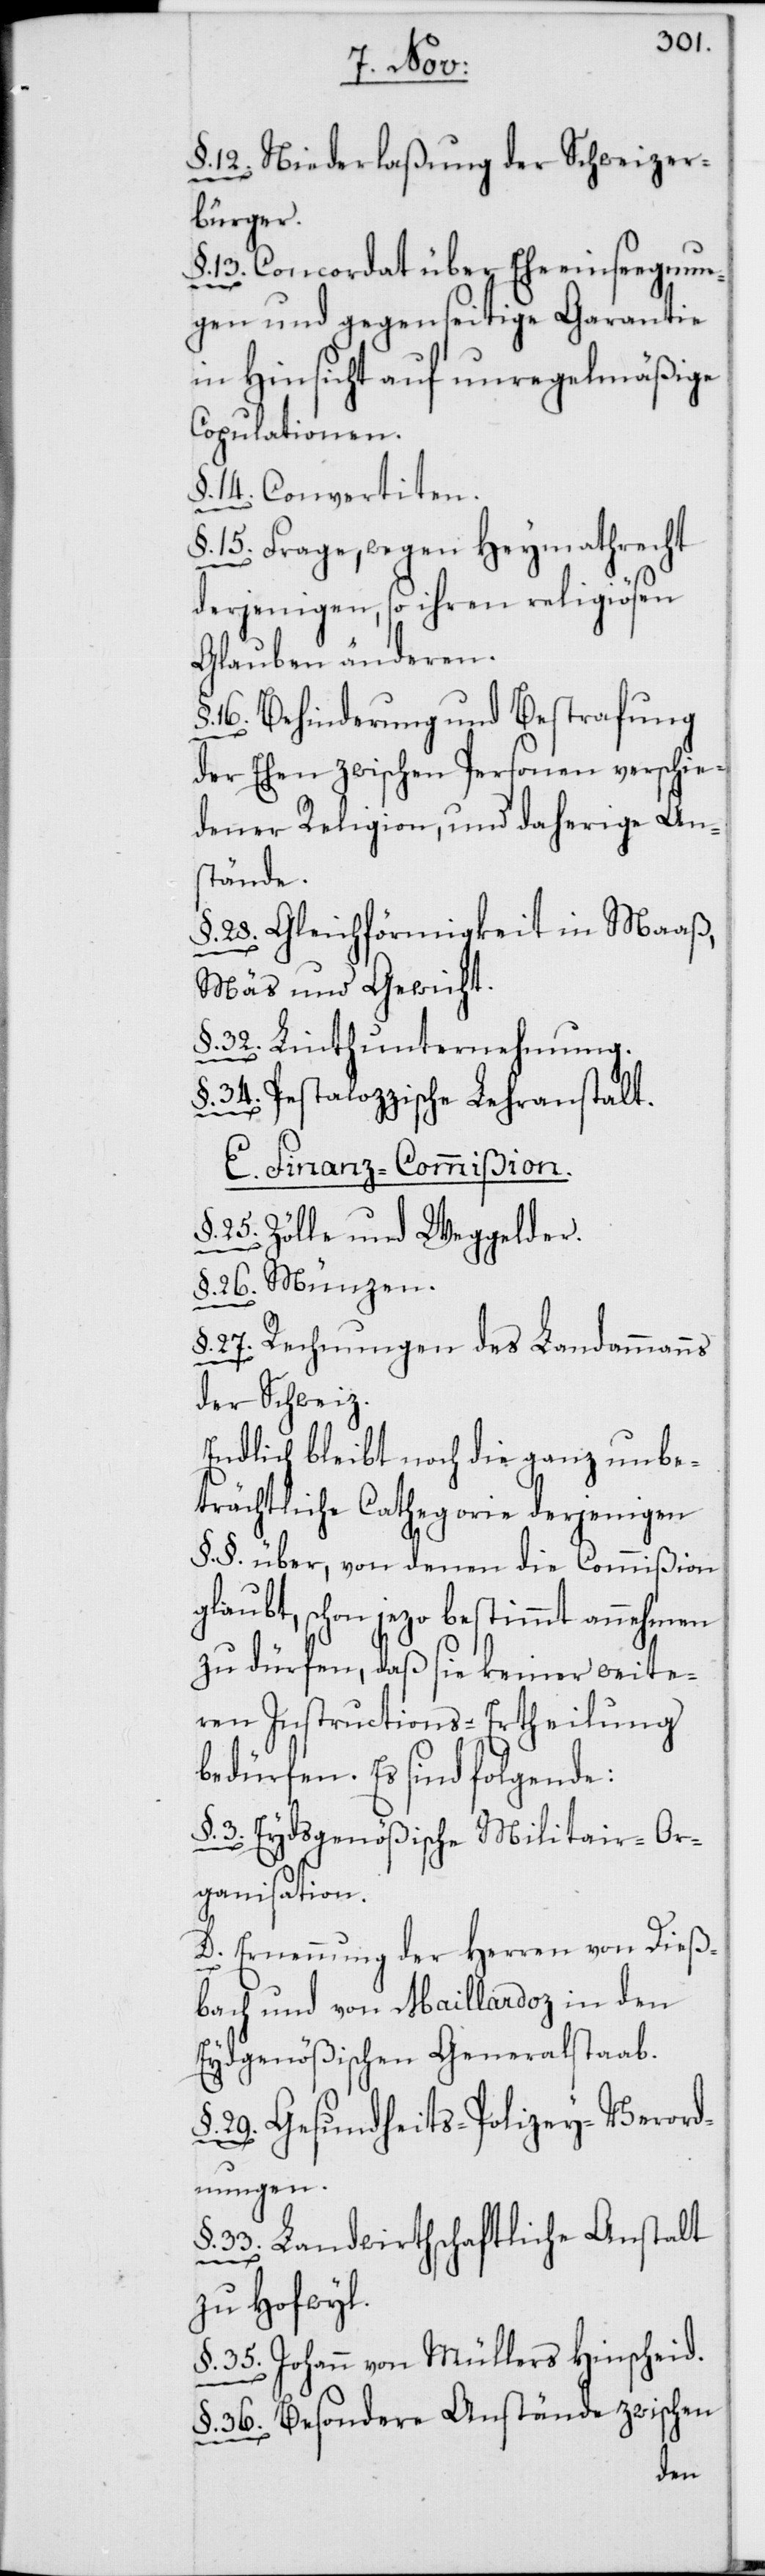
§. 12. Niederlaßung der Schweizer¬
bürger.
13. Concordat über Eheeinseegnun¬
gen und gegenseitige Garantie
in Hinsicht auf unregelmäßige
Copulationen.
§. 14. Convertiten.
§. 15. Frage, wegen Heymathrecht
derjenigen, so ihren religiösen
Glauben änderen.
§. 16. Behinderung und Bestrafung
der Ehen zwischen Personen verschie¬
dener Religion, und daherige Ans¬
tände.
§. 28. Gleichförmigkeit in Maaß,
Mäs und Gewicht.
§. 32. Linth-Unternehmung.
34. Pestalozzische Lehranstalt.
E. Finanz-Commißion.
§. 25. Zölle und Weggelder.
§. 26. Münzen.
§. 27. Rechnungen des Landammanns
der Schweiz.
Endlich bleibt noch die ganz unbe¬
trächtliche Cathegorie derjenigen
§.§. über, von denen die Commißion
glaubt, schon jezo bestimmt annehmen
zu dürfen, daß sie keiner weite¬
ren Instructions-Ertheilung
bedürfen. Es sind folgende:
§. 3. Eydsgenößische Militair-Or¬
ganisation.
D. Ernennung der Herren von Dieß¬
bach und von Maillardoz in den
Eydsgenößischen Generalstaab.
29. Gesundheits-Polizey-Verord¬
nungen.
33. Landwirthschaftliche Anstalt
zu Hofwyl.
§. 35. Johann von Müllers Hinscheid.
§. 36. Besondere Anstände zwischen